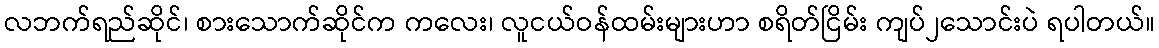
လဘက်ရည်ဆိုင်၊ စားသောက်ဆိုင်က ကလေး၊ လူငယ်ဝန်ထမ်းများဟာ စရိတ်ငြိမ်း ကျပ်၂သောင်းပဲ ရပါတယ်။